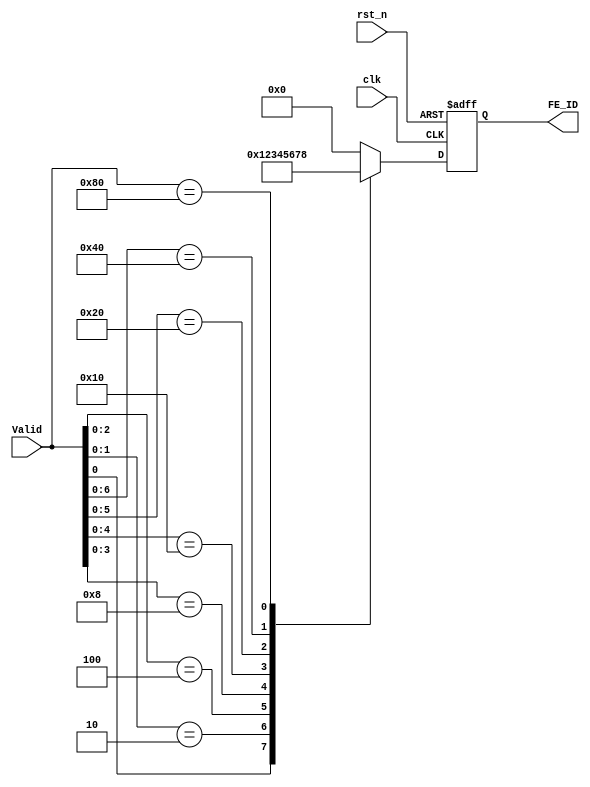
module Valid_Monitor(clk, rst_n, Valid, FE_ID);
    input clk;
    input rst_n;
    input [7:0] Valid;

    output reg [3:0] FE_ID;			//the first empty RS

always @(posedge clk or negedge rst_n)
begin
		if(!rst_n)
		begin
			FE_ID <= 4'h0;
		end
		else
		begin
          casex(Valid)
		    8'bxxxx_xxx1:begin
			    FE_ID <= 4'h1;
			 end
			 8'bxxxx_xx10:begin
			    FE_ID <= 4'h2;
			 end
			 8'bxxxx_x100:begin
			    FE_ID <= 4'h3;
			 end
			 8'bxxxx_1000:begin
			    FE_ID <= 4'h4;
			 end
			 8'bxxx1_0000:begin
			    FE_ID <= 4'h5;
			 end
			 8'bxx10_0000:begin
			    FE_ID <= 4'h6;
			 end
			 8'bx100_0000:begin
			    FE_ID <= 4'h7;
			 end
			 8'b1000_0000:begin
			    FE_ID <= 4'h8;
			 end
          default:begin
                FE_ID <= 4'h0;
          end			
		   endcase
		end
end 

endmodule